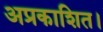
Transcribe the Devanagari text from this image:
अप्रकाशित।